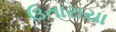
ઉતારાયા